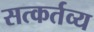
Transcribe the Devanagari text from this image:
सत्कर्तव्य